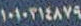
۱۰۱۰۳۱٤۸۷۹